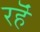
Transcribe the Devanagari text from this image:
रहॆं